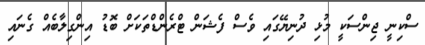
ސްކިނީ ޖިންސަކީ މުޅި ދުނިޔޭގައި ވެސް ފެޝަން ޓްރެންޑްތަކަށް ބޮޑު އިންގިލާބެއް ގެނައި